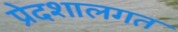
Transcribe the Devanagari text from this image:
प्रेदशालगत